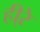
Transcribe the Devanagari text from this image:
ही्रे